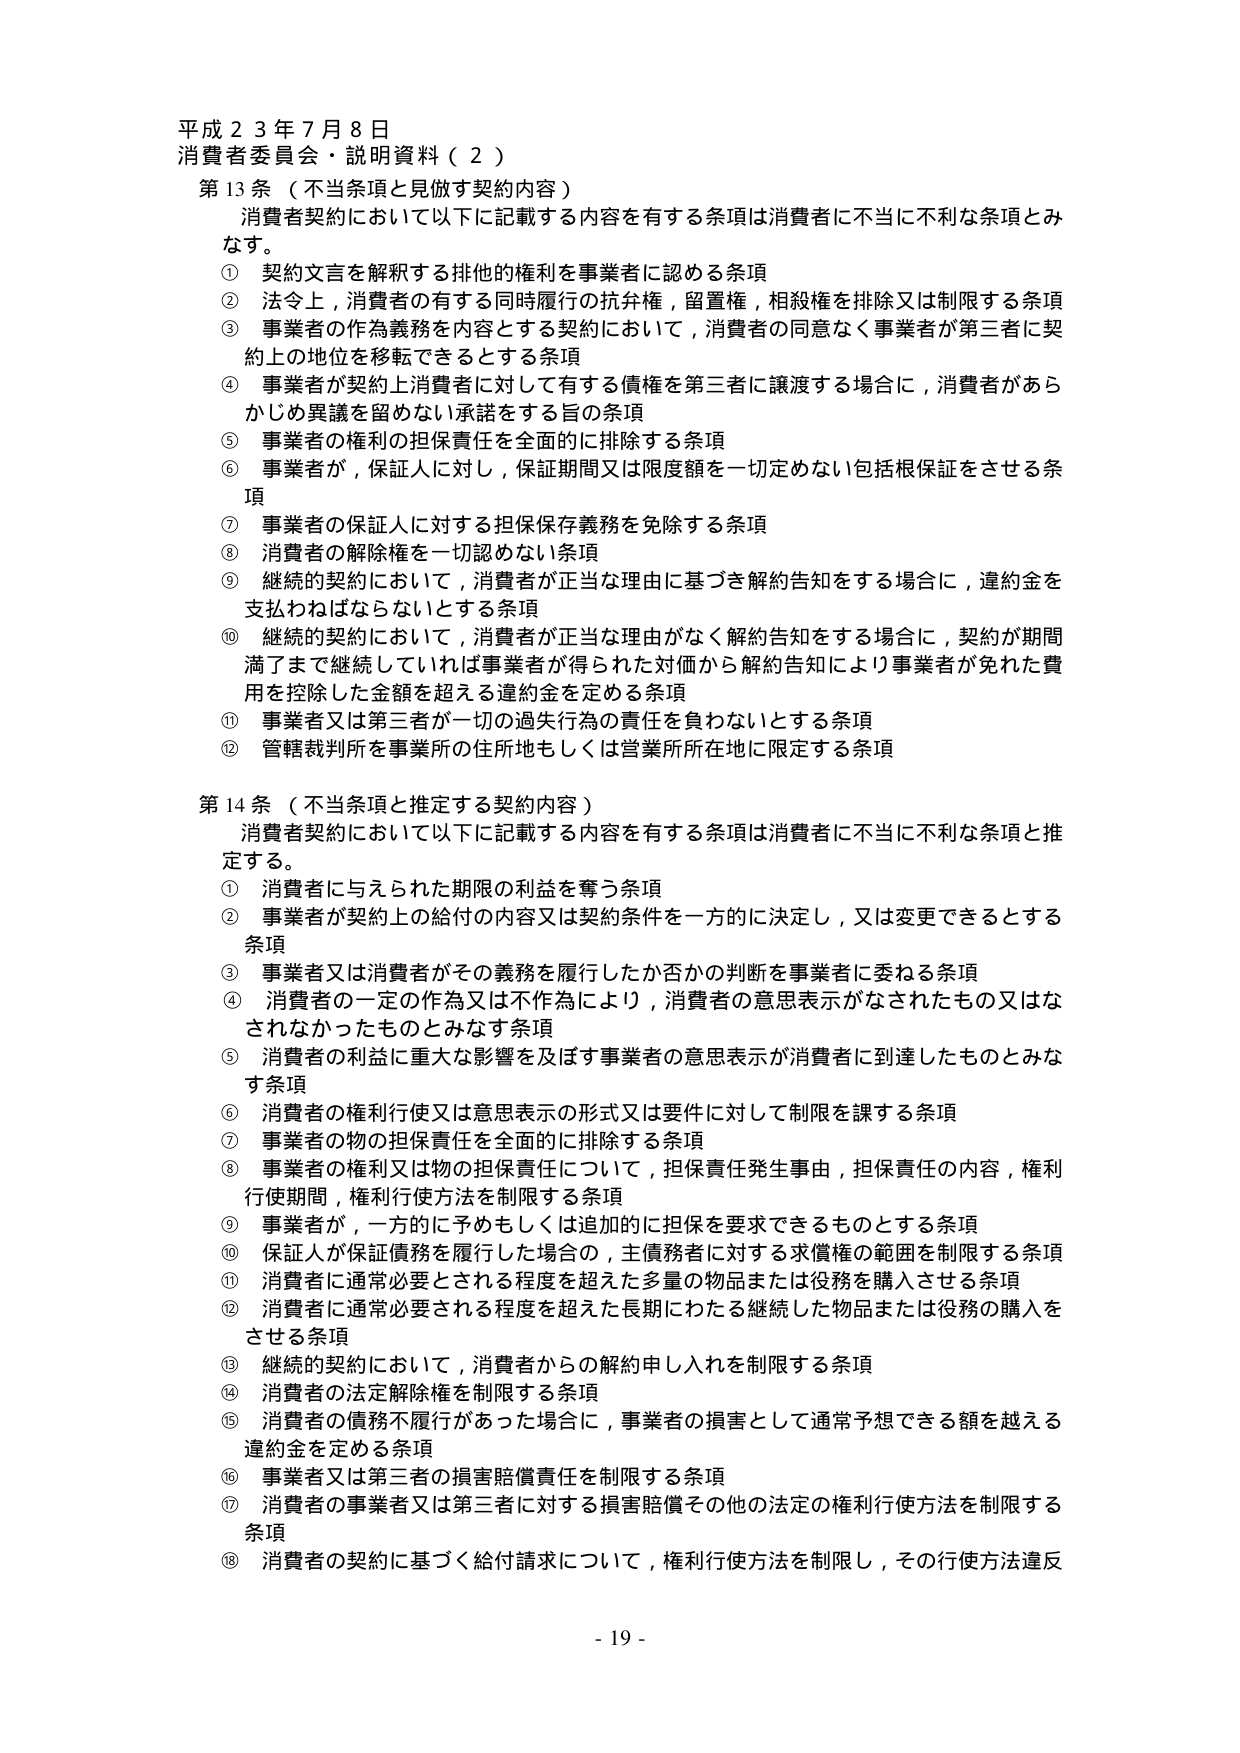
平成２３年７月８日
消費者委員会・説明資料（２）

第13条（不当条項と見做す契約内容）
消費者契約において以下に記載する内容を有する条項は消費者に不当に不利な条項とみなす。
① 契約文言を解釈する排他的権利を事業者に認める条項
② 法令上，消費者の有する同時履行の抗弁権，留置権，相殺権を排除又は制限する条項
③ 事業者の作為義務を内容とする契約において，消費者の同意なく事業者が第三者に契約上の地位を移転できるとする条項
④ 事業者が契約上消費者に対して有する債権を第三者に譲渡する場合に，消費者があらかじめ異議を留めない承諾をする旨の条項
⑤ 事業者の権利の担保責任を全面的に排除する条項
⑥ 事業者が，保証人に対し，保証期間又は限度額を一切定めない包括根保証をさせる条項
⑦ 事業者の保証人に対する担保保存義務を免除する条項
⑧ 消費者の解除権を一切認めない条項
⑨ 継続的契約において，消費者が正当な理由に基づき解約告知をする場合に，違約金を支払わねばならないとする条項
⑩ 継続的契約において，消費者が正当な理由がなく解約告知をする場合に，契約が期間満了まで継続していれば事業者が得られた対価から解約告知により事業者が免れた費用を控除した金額を超える違約金を定める条項
⑪ 事業者又は第三者が一切の過失行為の責任を負わないとする条項
⑫ 管轄裁判所を事業所の住所地もしくは営業所所在地に限定する条項

第14条（不当条項と推定する契約内容）
消費者契約において以下に記載する内容を有する条項は消費者に不当に不利な条項と推定する。
① 消費者に与えられた期限の利益を奪う条項
② 事業者が契約上の給付の内容又は契約条件を一方的に決定し，又は変更できるとする条項
③ 事業者又は消費者がその義務を履行したか否かの判断を事業者に委ねる条項
④ 消費者の一定の作為又は不作為により，消費者の意思表示がなされたもの又はなされなかったものとみなす条項
⑤ 消費者の利益に重大な影響を及ぼす事業者の意思表示が消費者に到達したものとみなす条項
⑥ 消費者の権利行使又は意思表示の形式又は要件に対して制限を課する条項
⑦ 事業者の物の担保責任を全面的に排除する条項
⑧ 事業者の権利又は物の担保責任について，担保責任発生事由，担保責任の内容，権利行使期間，権利行使方法を制限する条項
⑨ 事業者が，一方的に予めもしくは追加的に担保を要求できるものとする条項
⑩ 保証人が保証債務を履行した場合の，主債務者に対する求償権の範囲を制限する条項
⑪ 消費者に通常必要とされる程度を超えた多量の物品または役務を購入させる条項
⑫ 消費者に通常必要される程度を超えた長期にわたる継続した物品または役務の購入をさせる条項
⑬ 継続的契約において，消費者からの解約申し入れを制限する条項
⑭ 消費者の法定解除権を制限する条項
⑮ 消費者の債務不履行があった場合に，事業者の損害として通常予想できる額を越える違約金を定める条項
⑯ 事業者又は第三者の損害賠償責任を制限する条項
⑰ 消費者の事業者又は第三者に対する損害賠償その他の法定の権利行使方法を制限する条項
⑱ 消費者の契約に基づく給付請求について，権利行使方法を制限し，その行使方法違反

- 19 -